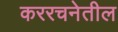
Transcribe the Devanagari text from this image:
कररचनेतील